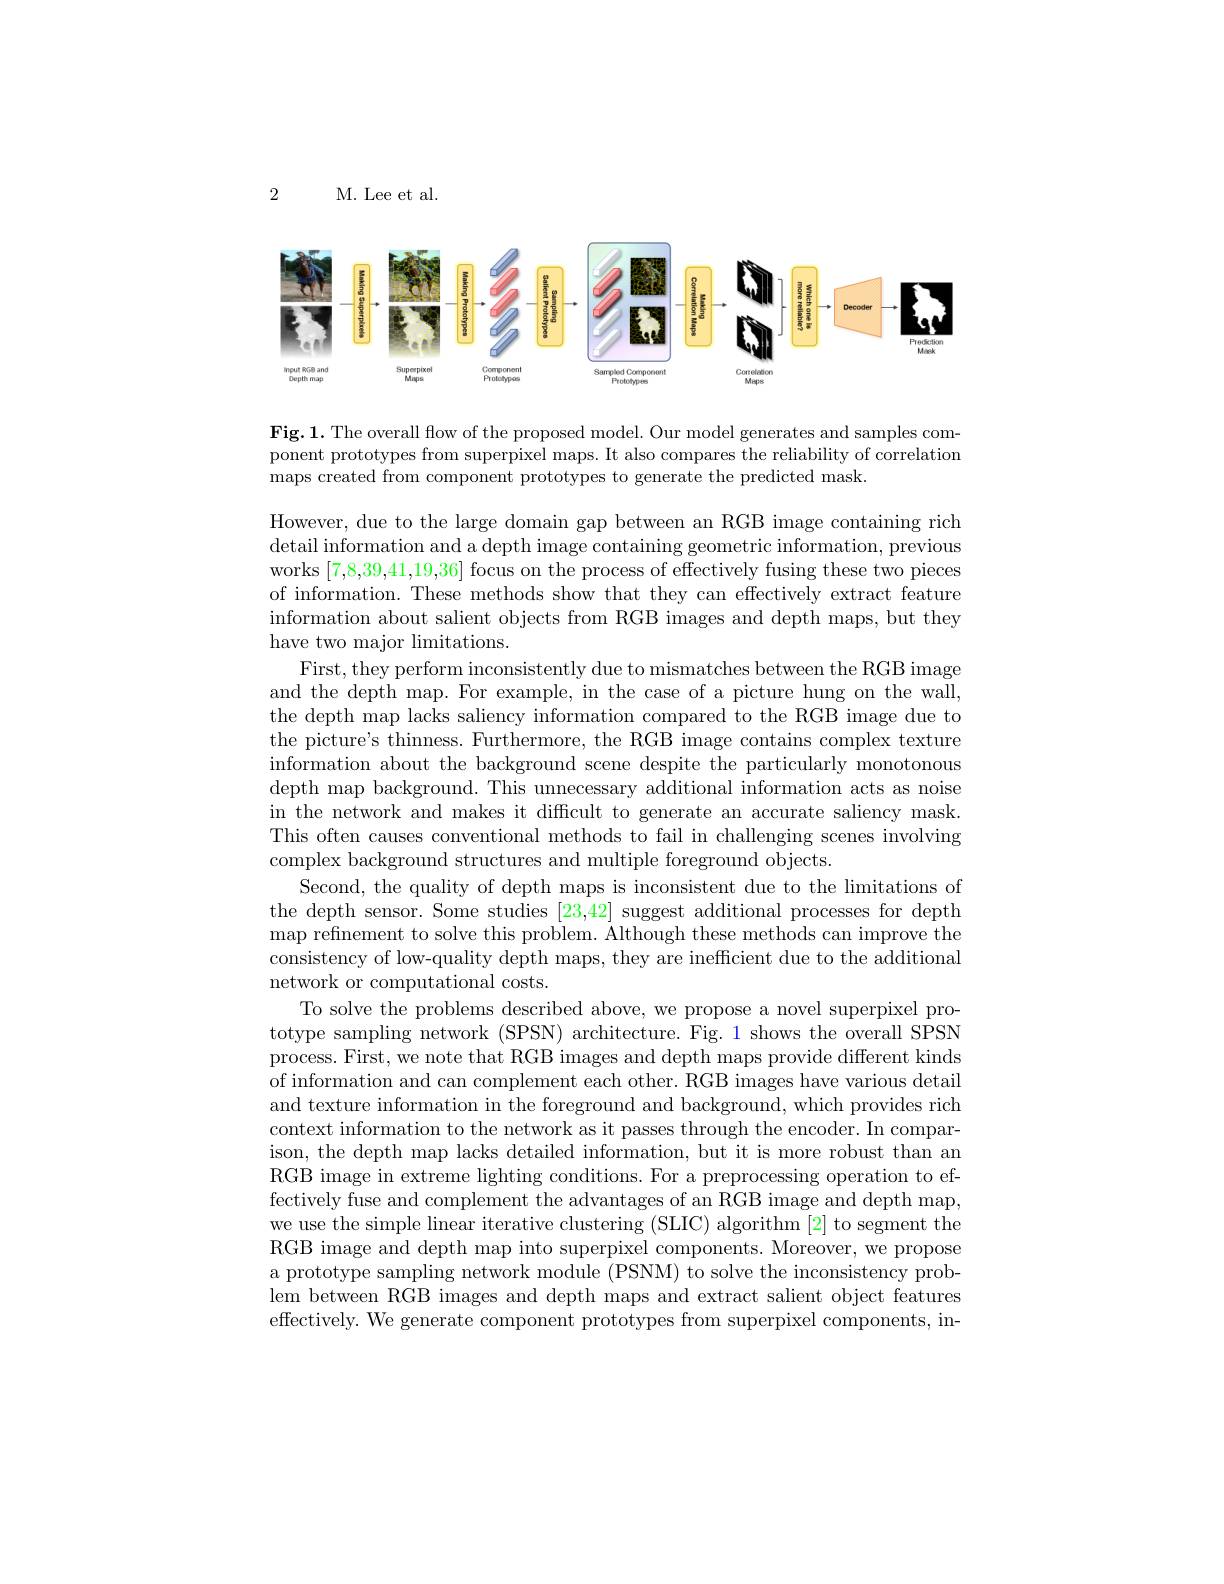
2

M. Lee et al.

<FigureHere>

$\mathbf{Fig.1.~The~overall~flow~of~the~proposed~model.~Our~model~generates~and~samples~com-}$ ponent prototypes from superpixel maps. It also compares the reliability of correlation maps created from component prototypes to generate the predicted mask

However, due to the large domain gap between an RGB image containing rich detail information and a depth image containing geometric information, previous works [7,8,39,41,19,36] focus on the process of effectively fusing these two pieces of information. These methods show that they can effectively extract feature information about salient objects from RGB images and depth maps, but they have two major limitations.
First, they perform inconsistently due to mismatches between the RGB image and the depth map. For example, in the case of a picture hung on the wall, the depth map lacks saliency information compared to the RGB image due to the picture's thinness. Furthermore, the RGB image contains complex texture information about the background scene despite the particularly monotonous depth map background. This unnecessary additional information acts as noise in the network and makes it difficult to generate an accurate saliency mask. This often causes conventional methods to fail in challenging scenes involving complex background structures and multiple foreground objects.
Second, the quality of depth maps is inconsistent due to the limitations of the depth sensor. Some studies [23,42] suggest additional processes for depth map refinement to solve this problem. Although these methods can improve the consistency of low-quality depth maps, they are inefficient due to the additional network or computational costs.
To solve the problems described above, we propose a novel superpixel prototype sampling network (SPSN) architecture. Fig. 1 shows the overall SPSN process. First, we note that RGB images and depth maps provide different kinds of information and can complement each other. RGB images have various detail and texture information in the foreground and background, which provides rich context information to the network as it passes through the encoder. In comparison, the depth map lacks detailed information, but it is more robust than an RGB image in extreme lighting conditions. For a preprocessing operation to effectively fuse and complement the advantages of an RGB image and depth map, we use the simple linear iterative clustering (SLIC) algorithm [2] to segment the RGB image and depth map into superpixel components. Moreover, we propose a prototype sampling network module (PSNM) to solve the inconsistency problem between RGB images and depth maps and extract salient object features effectively. We generate component prototypes from superpixel components, in-